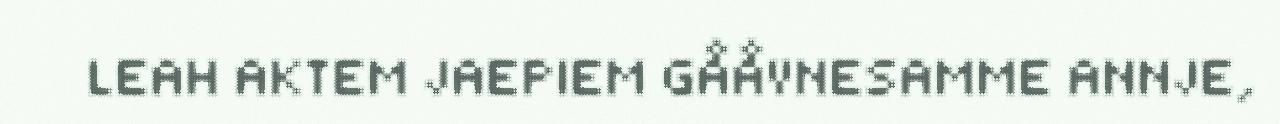
LEAH AKTEM JAEPIEM GÅÅVNESAMME ANNJE,